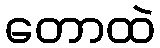
တောထဲ